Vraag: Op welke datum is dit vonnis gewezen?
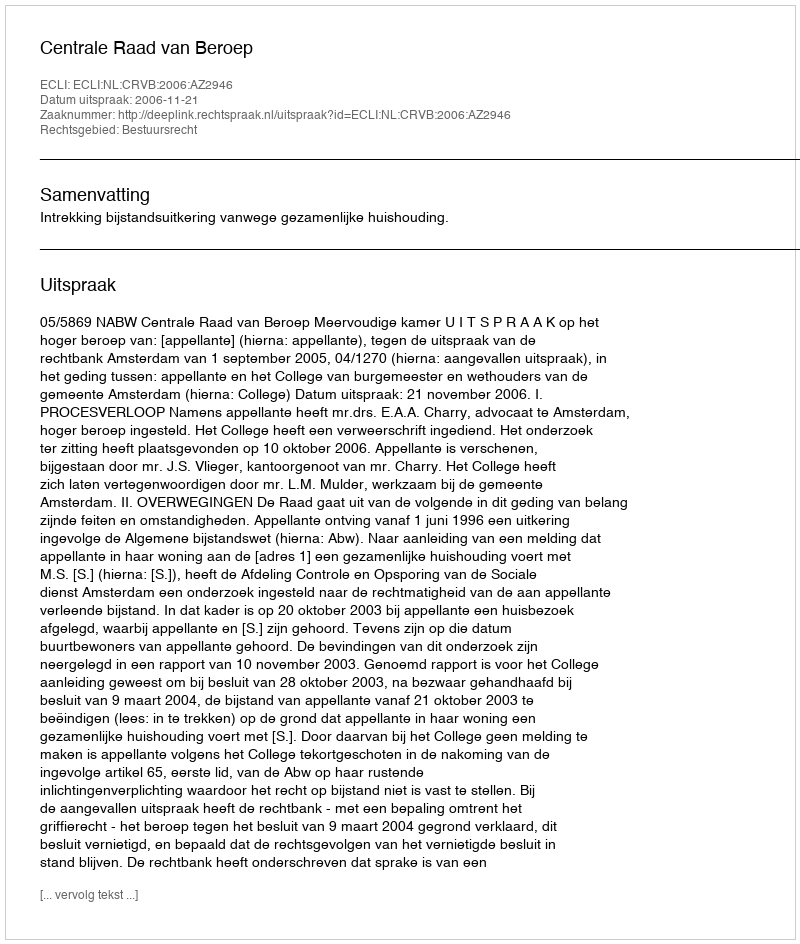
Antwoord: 2006-11-21